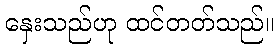
နှေးသည်ဟု ထင်တတ်သည်။